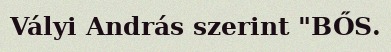
Vályi András szerint "BŐS.